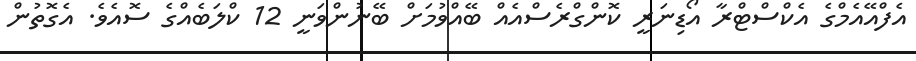
އެފްއޭއެމްގެ އެކްސްޓްރާ އޯޑިނަރީ ކޮންގްރެސްއެއް ބޭއްވުމަށް ބޭނުންވަނީ 12 ކްލަބެއްގެ ސޮއެވެ. އެގޮތުން